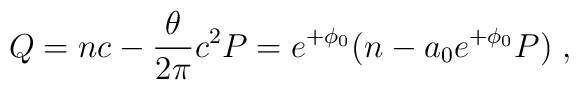
Q=nc-\frac{\theta}{2\pi} c^{2}P=e^{+\phi_{0}}(n-a_{0}e^{+\phi_{0}}P)\; ,